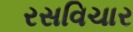
રસવિચાર